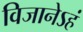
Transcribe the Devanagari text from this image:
विजानेऽहं